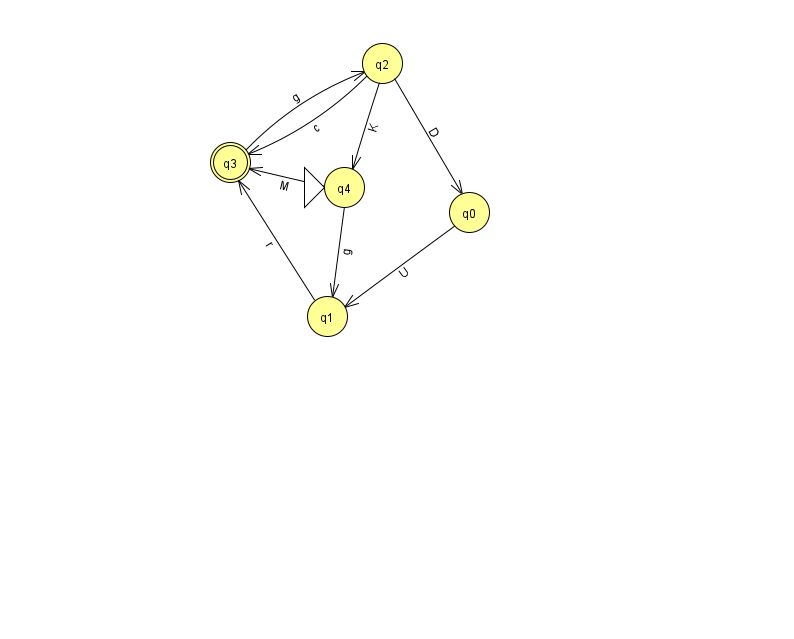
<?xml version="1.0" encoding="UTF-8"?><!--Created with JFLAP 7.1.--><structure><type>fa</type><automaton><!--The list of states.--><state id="0" name="q0"><x>469.0</x><y>199.0</y></state><state id="1" name="q1"><x>327.0</x><y>303.0</y></state><state id="2" name="q2"><x>382.0</x><y>50.0</y></state><state id="3" name="q3"><x>230.0</x><y>149.0</y><final/></state><state id="4" name="q4"><x>344.0</x><y>174.0</y><initial/></state><!--The list of transitions.--><transition><from>4</from><to>1</to><read>g</read></transition><transition><from>4</from><to>3</to><read>M</read></transition><transition><from>2</from><to>0</to><read>D</read></transition><transition><from>2</from><to>4</to><read>K</read></transition><transition><from>2</from><to>3</to><read>c</read></transition><transition><from>3</from><to>2</to><read>g</read></transition><transition><from>1</from><to>3</to><read>r</read></transition><transition><from>0</from><to>1</to><read>U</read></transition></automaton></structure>